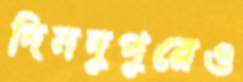
দিনদুপুরেও